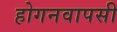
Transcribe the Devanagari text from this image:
होगनवापसी